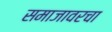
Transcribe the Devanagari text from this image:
समाजावरचा